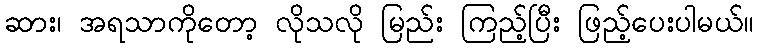
ဆား၊ အရသာကိုတော့ လိုသလို မြည်း ကြည့်ပြီး ဖြည့်ပေးပါမယ်။